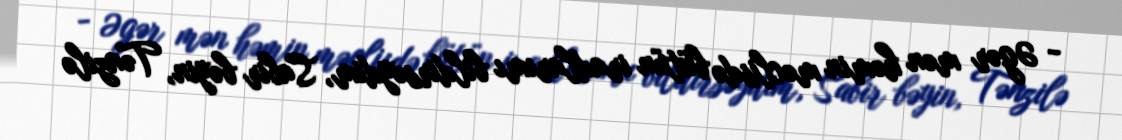
- Əgər mən həmin məclisdə bütün iradlarımı bildirsəydim, Sabir bəyin, Tənzilə